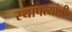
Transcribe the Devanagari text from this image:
स्थापत्यांची